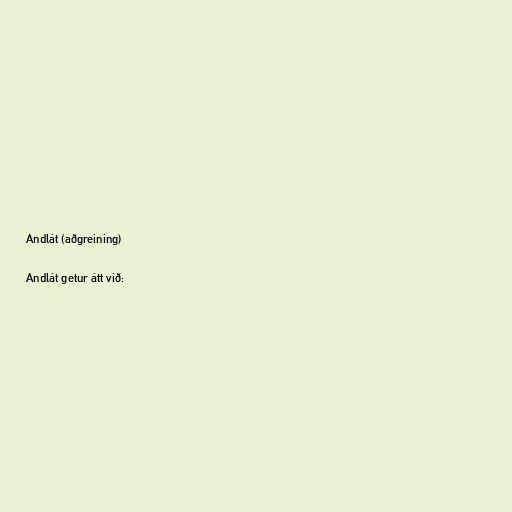
Andlát (aðgreining)

Andlát getur átt við: